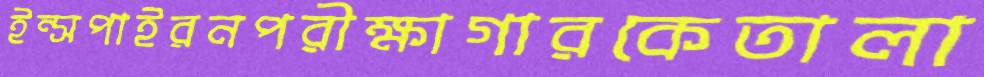
ইন্সপাইরনপরীক্ষাগারকেতালা